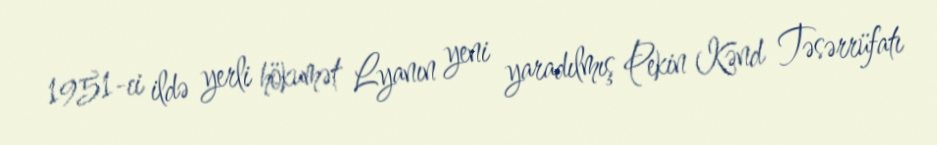
1951-ci ildə yerli hökumət Lyanın yeni yaradılmış Pekin Kənd Təsərrüfatı